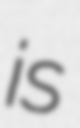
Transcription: is